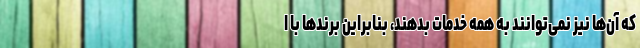
که ‌آن‌ها نیز نمی‌توانند به همه خدمات بدهند، بنابراین برندها با ا